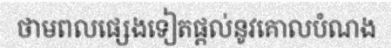
ថាមពលផ្សេងទៀតផ្តល់នូវគោលបំណង